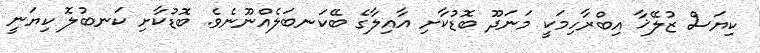
ކިޔަސް ޒުލޭޚާ އިބްރާހިމަކީ މަނަދޫ ބޮޑުކާށި އާއިލާގެ ބޭކަނބަލެއްނޫނެވެ. ބޮޑުކާށި ކަނބުލޮ ކިޔަނީ